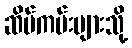
ဆိပ်ကမ်းများသို့